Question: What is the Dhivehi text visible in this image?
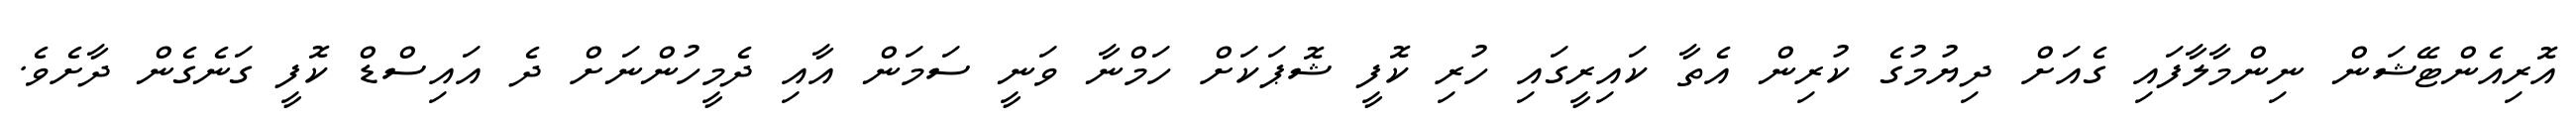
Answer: އޮރިއެންޓޭޝަން ނިންމާލާފައި ގެއަށް ދިޔުމުގެ ކުރިން އެތާ ކައިރީގައި ހުރި ކޮފީ ޝޮޕަކަށް ހަމްނާ ވަނީ ސަމަން އާއި ދެމީހުންނަށް ދެ އައިސްޑް ކޮފީ ގަނެގެން ދާށެވެ.